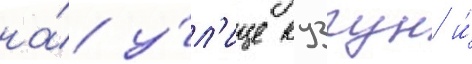
на́ у́л'ице кузгун и́